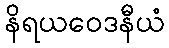
နိရယဝေဒနီယံ